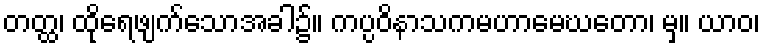
တတ္ထ၊ ထိုရေဖျက်သောအခါ၌။ ကပ္ပဝိနာသကမဟာမေဃတော၊ မှ။ ယာဝ၊